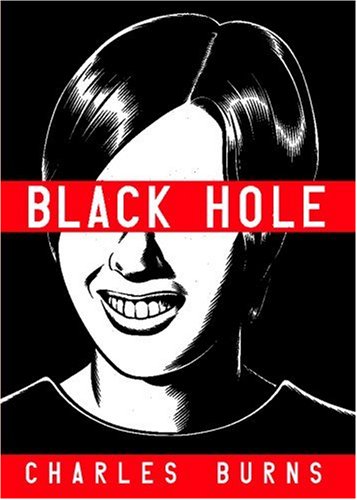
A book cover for Black Hole; Charles Burns; Comics & Graphic Novels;